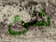
شئ